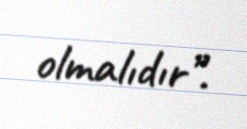
olmalıdır”.